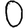
Digit: 0